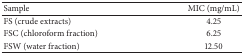
<table><thead><tr><td><b>Sample</b></td><td><b>MIC (mg/mL)</b></td></tr></thead><tbody><tr><td>FS (crude extracts)</td><td>4.25</td></tr><tr><td>FSC (chloroform fraction)</td><td>6.25</td></tr><tr><td>FSW (water fraction)</td><td>12.50</td></tr></tbody></table>